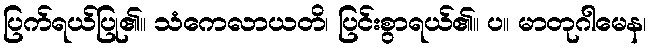
ပြက်ရယ်ပြု၏။ သံကေလာယတိ၊ ပြင်းစွာရယ်၏။ ပ။ မာတုဂါမေန၊